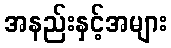
အနည်းနှင့်အများ